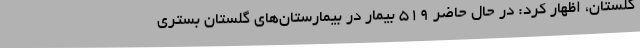
گلستان، اظهار کرد: در حال حاضر 519 بیمار در بیمارستان‌های گلستان بستری